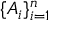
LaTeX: \{ A _ { i } \} _ { i = 1 } ^ { n }